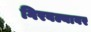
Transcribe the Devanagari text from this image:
गिरवल्यावर